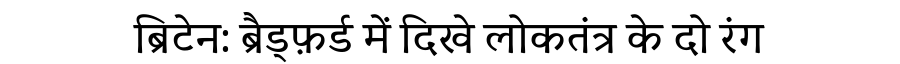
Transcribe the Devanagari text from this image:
ब्रिटेन: ब्रैड्फ़र्ड में दिखे लोकतंत्र के दो रंग